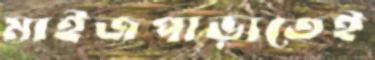
মাইজপাড়াতেই